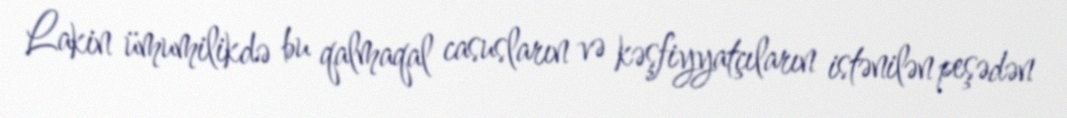
Lakin ümumilikdə bu qalmaqal casusların və kəşfiyyatçıların istənilən peşədən